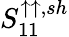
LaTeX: S_{11}^{\uparrow\uparrow,sh}